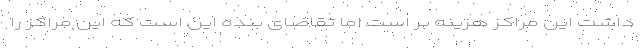
داشت این مراکز هزینه بر است اما تقاضای بنده این است که این مراکز را